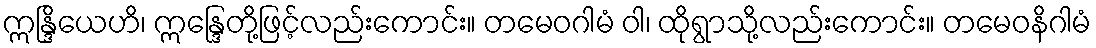
ဣန္ဒြိယေဟိ၊ ဣန္ဒြေတို့ဖြင့်လည်းကောင်း။ တမေဝဂါမံ ဝါ၊ ထိုရွာသို့လည်းကောင်း။ တမေဝနိဂါမံ